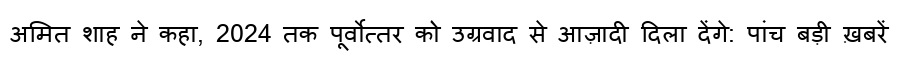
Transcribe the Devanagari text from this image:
अमित शाह ने कहा, 2024 तक पूर्वोत्तर को उग्रवाद से आज़ादी दिला देंगे: पांच बड़ी ख़बरें